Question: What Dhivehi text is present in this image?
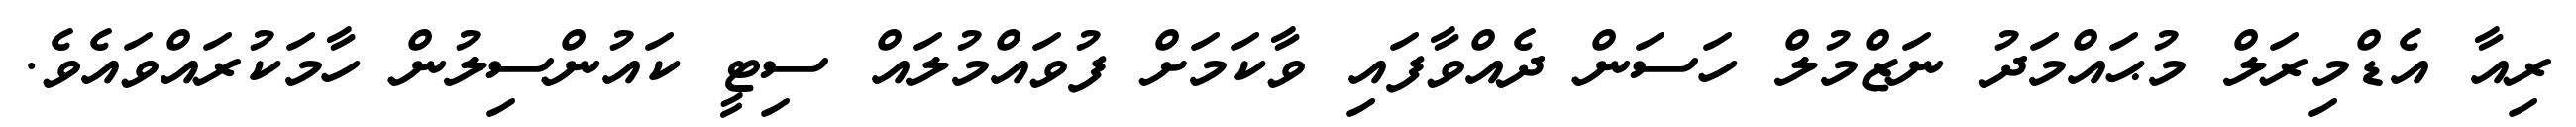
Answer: ރިއާ އެޑްމިރަލް މުޙައްމަދު ނަޒްމުލް ހަސަން ދެއްވާފައި ވާކަމަށް ފުވައްމުލައް ސިޓީ ކައުންސިލުން ހާމަކުރައްވައެވެ.